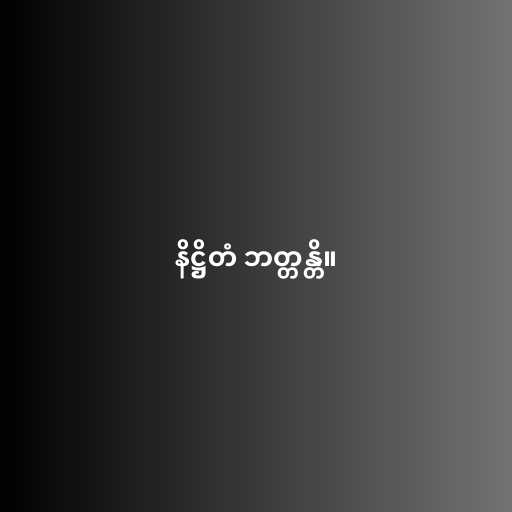
နိဋ္ဌိတံ ဘတ္တန္တိ။